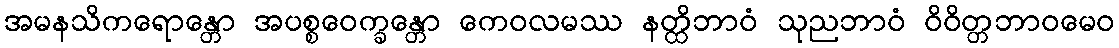
အမနသိကရောန္တော အပစ္စဝေက္ခန္တော ကေဝလမဿ နတ္ထိဘာဝံ သုညဘာဝံ ဝိဝိတ္တဘာဝမေဝ